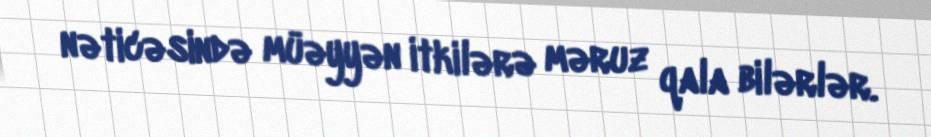
nəticəsində müəyyən itkilərə məruz qala bilərlər.